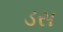
ડસ